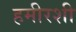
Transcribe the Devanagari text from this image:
हमीरशी